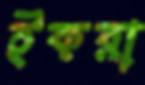
ইকরা